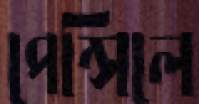
পেন্সিলে